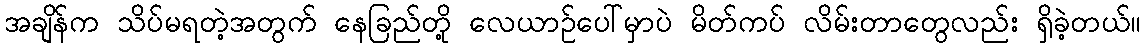
အချိန်က သိပ်မရတဲ့အတွက် နေခြည်တို့ လေယာဉ်ပေါ်မှာပဲ မိတ်ကပ် လိမ်းတာတွေလည်း ရှိခဲ့တယ်။